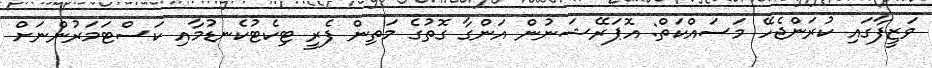
ވަޒީފާގައި ކުރަންޖެހޭ މަސައްކަތް: އޮޕަރޭޝަނުން އަންގާ ގޮތުގެ މަތިން ފެރީ ޓިކެޓުކެނޑުމާއި ކަސްޓަމަރުންނަށް